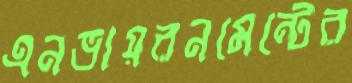
এনভায়রনমেন্টের